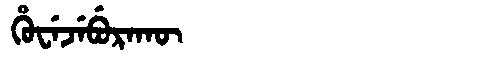
Manchu: ᡥᡠᠸᡝᠵᡝᠪᡠᡵᠠᡴᡡ
Romanization: HUWEJEBURAKŪ